Report on sanitation, dispensaries, and jails in Rajputana for 1918, and on vaccination for the year 1918-1919 - 1918-1919
Year: 1918
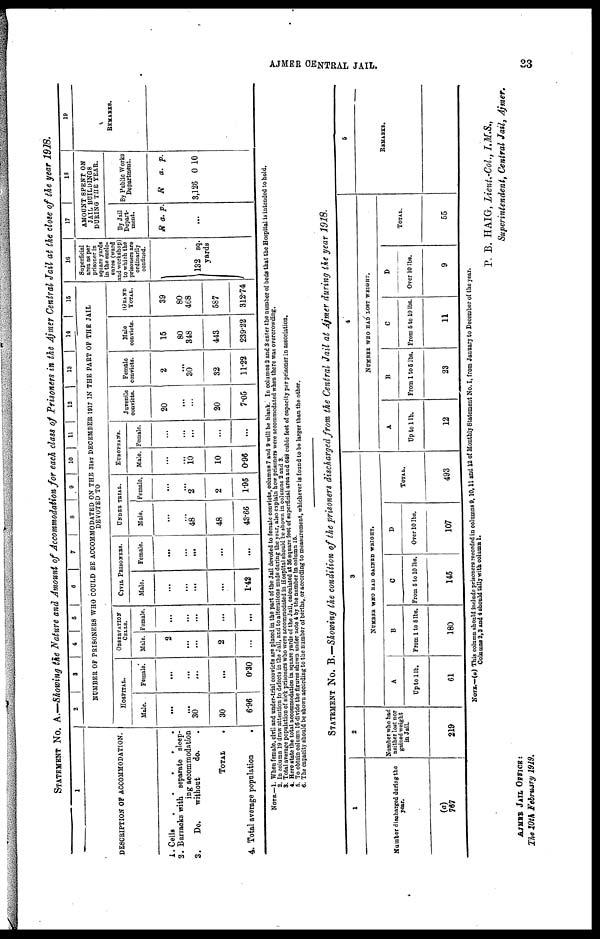
AJMER CENTRAL JAIL.
33
STATEMENT No. A.—Showing the Nature and Amount of Accommodation for each class of Prisoners in the Ajmer Central Jail at the close of the year 1918.
1
DESCRIPTION OF ACCOMMODATION.
1.
2.
3.
4.
Cells
.
.
.
.
.
Barracks with separate sleep-
ing accommodation
Do.
without
do. .
TOTAL
.
Total average population
.
2
3
4
5
6
7
8
9 10 11 12
13
14
15
NUMBER OF PRISONERS WHO COULD BE ACCOMMODATED ON THE 31ST DECEMBER 1917 IN THE PART OF THE JAIL
DEVOTED TO
HOSPITAL.
Male.
...
...
30
30
6.96
Female.
...
...
...
...
0.30
OBSERVATION
CELLS.
Male.
2
...
...
2
...
Female.
...
...
...
...
...
CIVIL PRISONERS.
Male.
...
...
...
...
1.42
Female.
...
...
...
...
...
UNDER TRIAL.
Male.
...
...
48
48
43.66
Female.
...
...
2
2
1.95
EU7ROPEANS.
Male.
...
...
10
10
0.96
Female.
...
...
...
...
...
Juvenile
convicts.
20
...
...
20
7.05
Female
convicts.
2
...
30
32
11.22
Male
convicts.
15
80
348
443
239.22
GRAND
TOTAL.
39
80
468
587
312.74
16
Superficial
area as per
prisoner in
square yards
in the enclo-
sures (ward
and workshop)
to which the
prisoners are
ordinarily
confined.
132 sq.
yards
17
18
AMOUNT SPENT ON
JAIL BUILDINGS
DURING THE TEAR.
By Jail
Depart-
ment.
R a. p.
...
By Public Works
Department.
R a. p.
3,126 0 10
19
REMARKS.
NOTE.—1. When female, civil and under-trial convicts are placed in the part of the Jail devoted to female convicts, columns 7 and 9 will be blank. In columns 2 and 3 enter the number of beds that the Hospital is intended to hold.
2. In column 19 draw attention to defects in the Jail, and to alterations made during the year, also explain how prisoners were accommodated when there was overcrowding.
3. Total average population of sick prisoners who were accommodated in Hospital should be shown in columns 2 and 3.
4. Here state the total accommodation in square yards of the Jail, calculated at 36 square feet of superficial area and 648 cubic feet of capacity per prisoner in association.
5. To obtain column 16 divide the figures shown under note 4 by the number in column 15.
6. The capacity should be shown according to the number of berths, or according to measurement, whichever is found to be larger than the other.
STATEMENT No. B.—Showing the condition of the prisoners discharged from the Central Jail at Ajmer during the year 1918.
1
Number discharged during the
year.
(a)
767
2
Number who had
neither lost nor
gained weight
in Jail.
219
3
NUMBER WHO HAD GAINED WEIGHT.
A
Up to 1lb.
61
B
From 1 to 5 lbs.
180
C
From 5 to 10 lbs.
145
D
Over 10 lbs.
107
TOTAL.
493
4
NUMBER WHO HAD LOST WEIGHT.
A
Up to 1 lb.
12
B
From 1 to 5 lbs.
23
C
From 5 to 10 lbs.
11
D
Over 10 lbs.
9
TOTAL.
55
5
REMARKS.
NOTE.—(a) This column should include prisoners recorded in columns 9,10,11 and 12 of Monthly Statement No. I, from January to December of the year.
Columns 2,3 and 4 should tally with column 1.
P. B. HAIG, Lieut.-Col, I.M.S.,
Superintendent, Central Jail, Ajmer.
AJMER JAIL OFFICE:
The 10th February 1919.